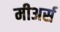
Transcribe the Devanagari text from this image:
मीअर्स